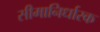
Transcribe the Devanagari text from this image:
सीमानिर्धारक